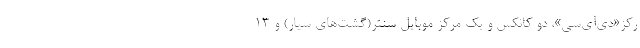
رکز«دی‌آی‌سی»، دو کانکس و یک مرکز موبایل سنتر(گشت‌های سیار) و ۱۳